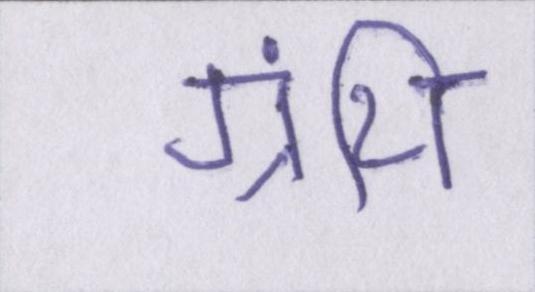
ग्रंथि